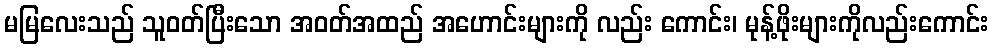
မမြလေးသည် သူဝတ်ပြီးသော အဝတ်အထည် အဟောင်းများကို လည်း ကောင်း၊ မုန့်ဖိုးများကိုလည်းကောင်း